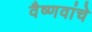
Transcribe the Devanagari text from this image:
वैष्णवांचे